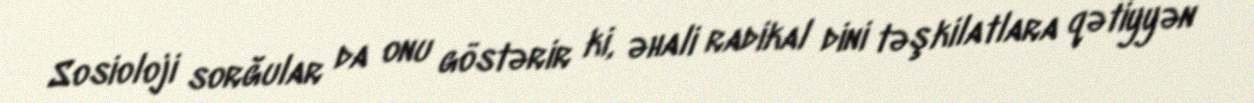
Sosioloji sorğular da onu göstərir ki, əhali radikal dini təşkilatlara qətiyyən